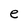
Character: e